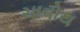
ચાવોથ